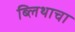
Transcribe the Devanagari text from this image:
ब्लिथाचा